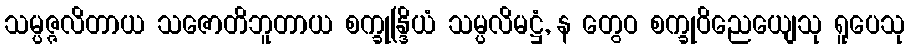
သမ္ပဇ္ဇလိတာယ သဇောတိဘူတာယ စက္ခုန္ဒြိယံ သမ္ပလိမဋ္ဌံ, န တွေဝ စက္ခုဝိညေယျေသု ရူပေသု